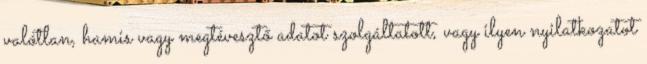
valótlan, hamis vagy megtévesztő adatot szolgáltatott, vagy ilyen nyilatkozatot